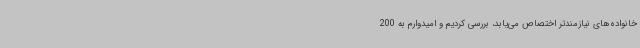
خانواده‌های نیازمندتر اختصاص می‌یابد، بررسی کردیم و امیدوارم به 200